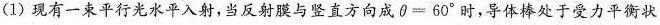
(1)现有一束平行光水平入射，当反射膜与竖直方向成θ=60°时，导体棒处于受力平衡状